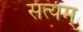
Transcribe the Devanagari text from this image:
सत्‍यम्